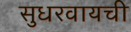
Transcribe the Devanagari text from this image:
सुधरवायची